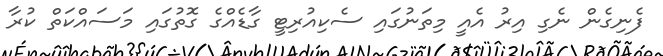
ފެނިގެން ނެގި އިރު އެއީ މިތަނުގައި ސެކިއުރިޓީ ގާޑެއްގެ ގޮތުގައި މަސައްކަތް ކުރާ